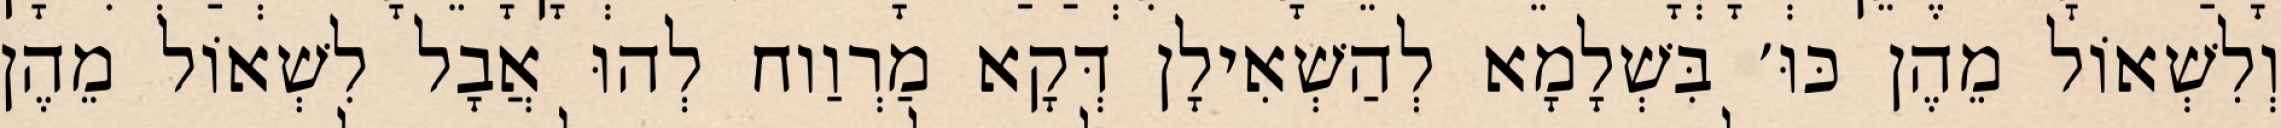
וְלִשְׁאוֹל מֵהֶן כּוּ׳ בִּשְׁלָמָא לְהַשְׁאִילָן דְּקָא מַרְוַוח לְהוּ אֲבָל לִשְׁאוֹל מֵהֶן